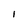
Character: 1